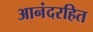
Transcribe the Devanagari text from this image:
आनंदरहित